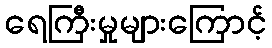
ရေကြီးမှုများကြောင့်